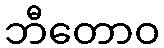
ဘီတောဝ